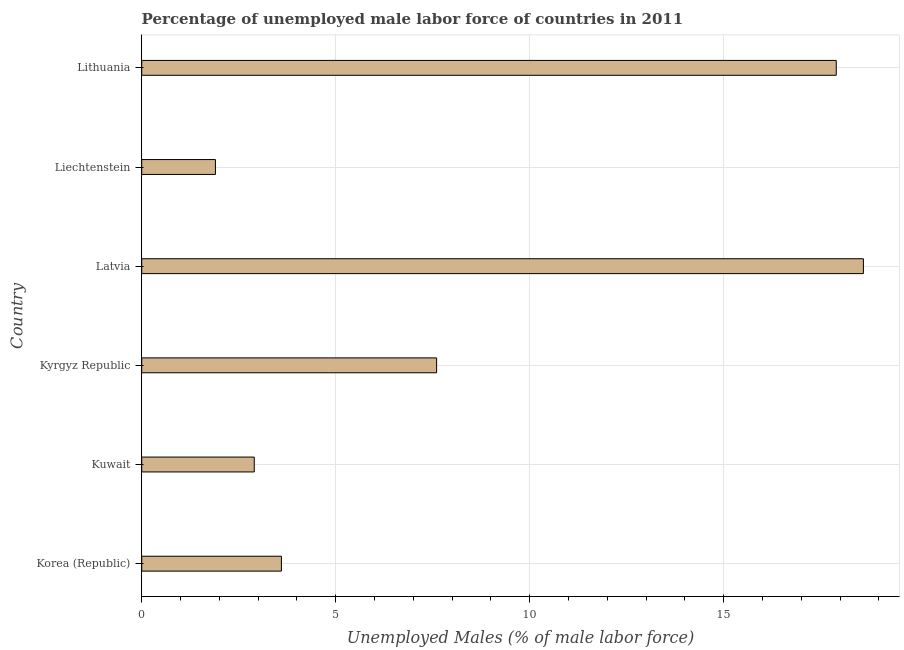
| Country | Unemployment male |
 | --- | --- |
 | Korea (Republic) | 3.6 |
 | Kuwait | 2.9 |
 | Kyrgyz Republic | 7.6 |
 | Latvia | 18.6 |
 | Liechtenstein | 1.9 |
 | Lithuania | 17.9 |